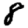
Digit: 8